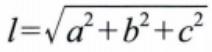
\(l=\sqrt{a^{2}+b^{2}+c^{2}}\)